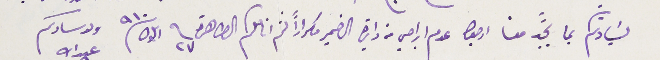
لسَيادتكم بما يجدً معنا ارجوا عدم ابراحي من دايرة الضمير مكراراً لثم انامكم الطاهرة  فى ٢٧ ايلول ١٩١٠             ولد سادكم